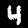
Digit: 4